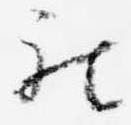
被